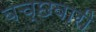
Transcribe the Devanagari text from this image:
बच्छवारी